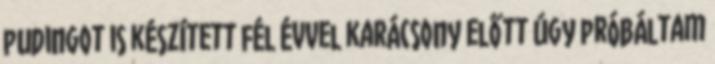
pudingot is készített fél évvel karácsony előtt Úgy próbáltam